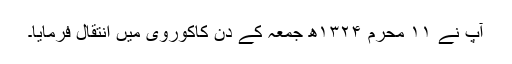
آپ نے ۱۱ محرم ۱۳۲۴ھ جمعہ کے دن کاکوروی میں انتقال فرمایا۔